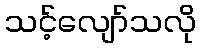
သင့်လျော်သလို